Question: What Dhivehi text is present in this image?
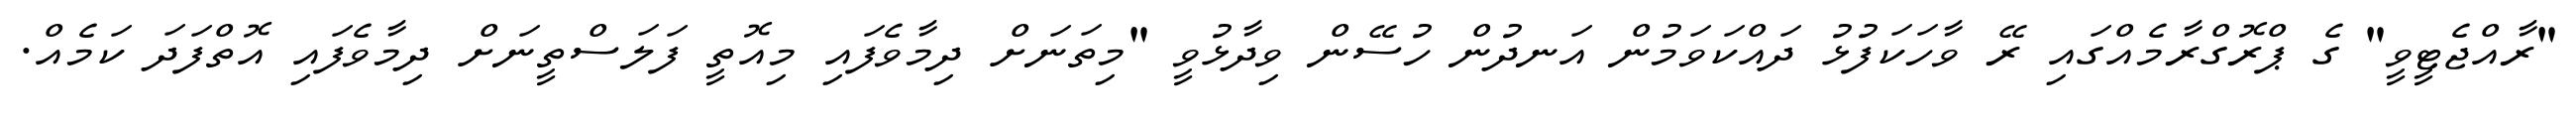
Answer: "ރާއްޖެޓީވީ" ގެ ޕްރޮގްރާމެއްގައި ރޭ ވާހަކަފުޅު ދައްކަވަމުން އަނދުން ހުސޭން ވިދާޅުވީ "މިތަނަށް ދިމާވެފައި މިއޮތީ ފަލަސްތީނަށް ދިމާވެފައި އޮތްފަދަ ކަމެއް.